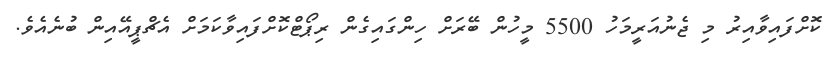
ކޮށްފައިވާއިރު މި ޖެނުއަރީމަހު 5500 މީހުން ބޭރަށް ހިންގައިގެން ރިޕޯޓްކޮށްފައިވާކަމަށް އެޗްޕީއޭއިން ބުނެއެވެ.